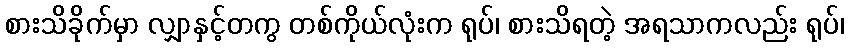
စားသိခိုက်မှာ လျှာနှင့်တကွ တစ်ကိုယ်လုံးက ရုပ်၊ စားသိရတဲ့ အရသာကလည်း ရုပ်၊